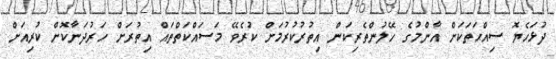
ދުޅަހެޔޮ ސިއްޙަތަކަށް އާންމުގެ ހޭލުންތެރިކަން އިތުރުކުރުމަށް ކުރެވޭ މަސައްކަތްތައް އިތުރަށް ހަރުދަނާކޮށް ކުރިއަށް